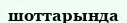
шоттарында